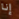
إنا